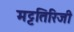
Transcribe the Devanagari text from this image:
मट्टतिरिजी